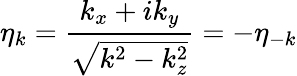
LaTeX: \eta_{k}=\frac{k_{x}+ik_{y}}{\sqrt{k^{2}-k_{z}^{2}}}=-\eta_{-k}